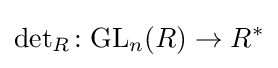
{\mbox{det}}_{R}\colon {\mbox{GL}}_{n}(R)\to R^{*}